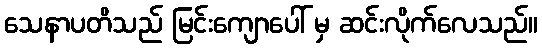
သေနာပတိသည် မြင်းကျောပေါ် မှ ဆင်းလိုက်လေသည်။